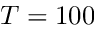
T = 1 0 0